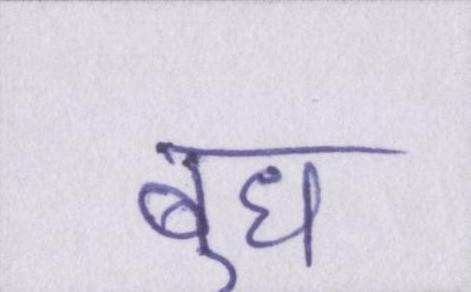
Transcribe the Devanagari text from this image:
बुध